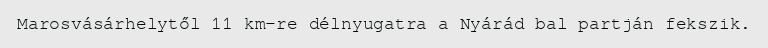
Marosvásárhelytől 11 km-re délnyugatra a Nyárád bal partján fekszik.